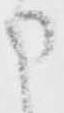
申